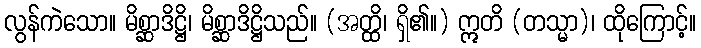
လွန်ကဲသော။ မိစ္ဆာဒိဋ္ဌိ၊ မိစ္ဆာဒိဋ္ဌိသည်။ (အတ္ထိ၊ ရှိ၏။) ဣတိ (တသ္မာ)၊ ထိုကြောင့်။